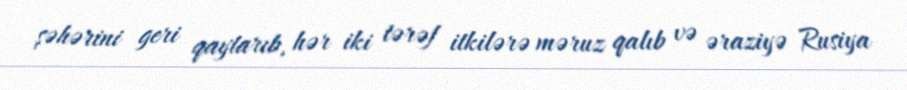
şəhərini geri qaytarıb, hər iki tərəf itkilərə məruz qalıb və əraziyə Rusiya